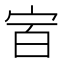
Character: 𰌼